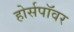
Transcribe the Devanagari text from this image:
होर्सपॉवर